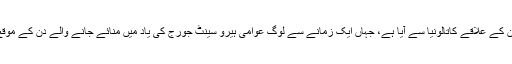
ہر سال کتابوں کا عالمی دن منانے کا تصور بنیادی طور پر سپین کے علاقے کاتالونیا سے آیا ہے، جہاں ایک زمانے سے لوگ عوامی ہیرو سینٹ جورج کی یاد میں منائے جانے والے دن کے موقع پر ایک دوسرے کو گلاب کے پھولوں کا تحفہ دیا کرتے تھے۔